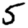
Digit: 5